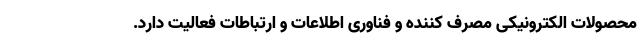
محصولات الکترونیکی مصرف کننده و فناوری اطلاعات و ارتباطات فعالیت دارد.